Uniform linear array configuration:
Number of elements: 12
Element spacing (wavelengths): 0.75
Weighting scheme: binomial
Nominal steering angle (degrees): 45
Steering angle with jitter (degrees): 43.141
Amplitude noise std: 0.05
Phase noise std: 0.05

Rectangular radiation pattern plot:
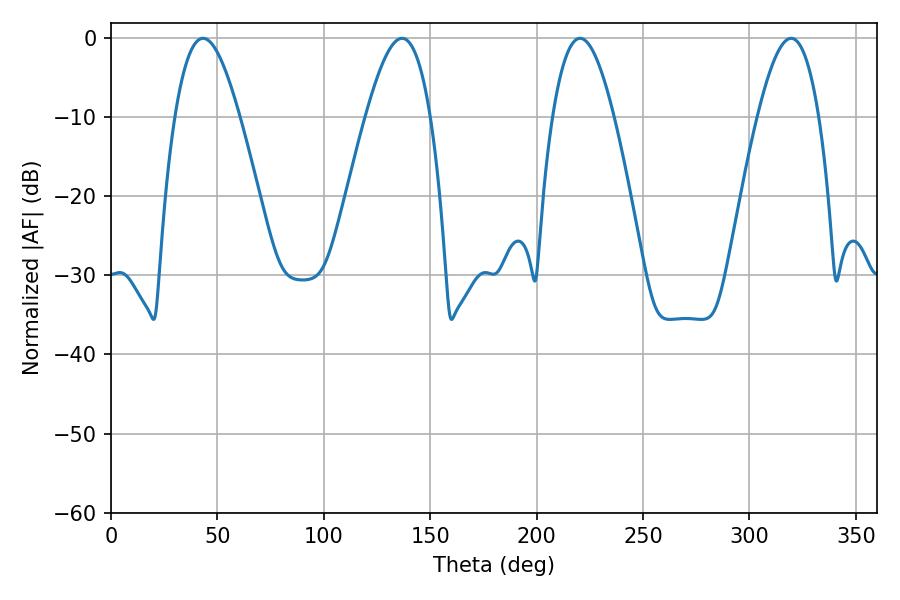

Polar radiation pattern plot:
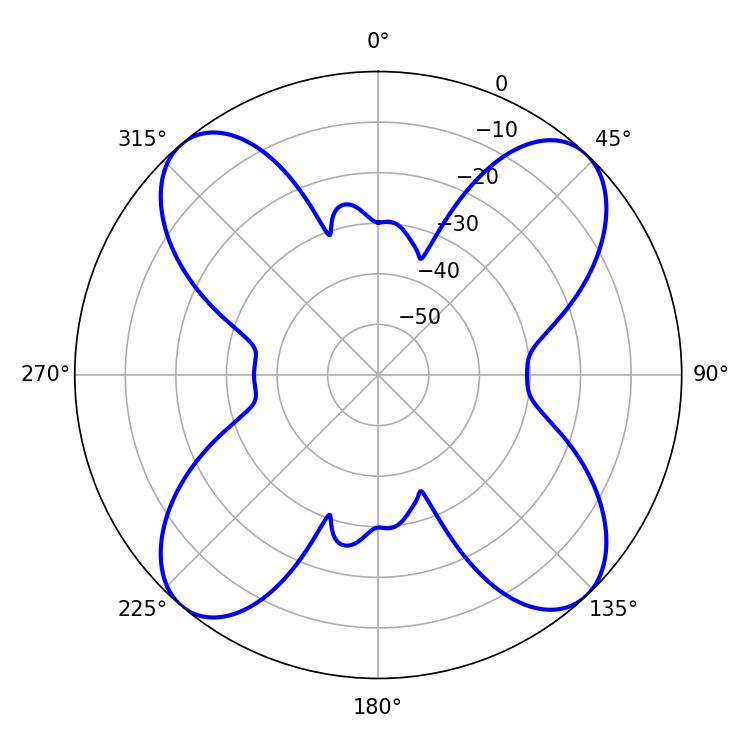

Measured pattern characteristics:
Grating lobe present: TRUE
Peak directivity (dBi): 16.361
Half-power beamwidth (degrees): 16.38
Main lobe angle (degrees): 43.2